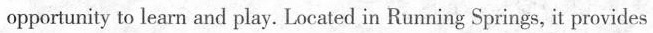
opportunity to learn and play. Located in Running Springs, it provides